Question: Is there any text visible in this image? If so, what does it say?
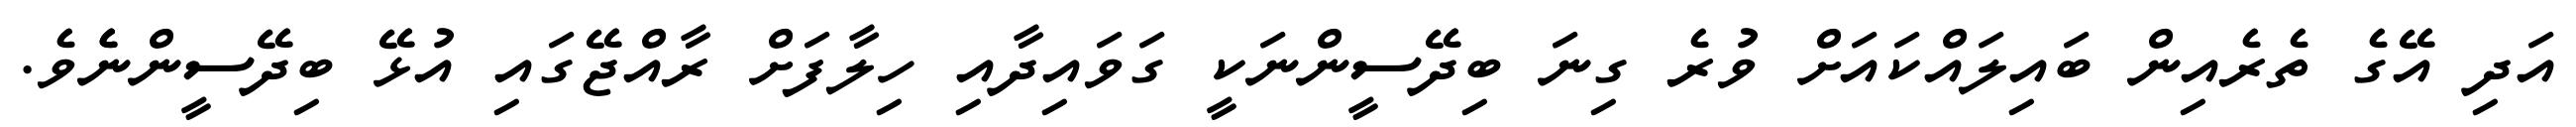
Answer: އަދި އޭގެ ތެރެއިން ބައިލައްކައަށް ވުރެ ގިނަ ބިދޭސީންނަކީ ގަވައިދާއި ހިލާފަށް ރާއްޖޭގައި އުޅޭ ބިދޭސީންނެެވެ.